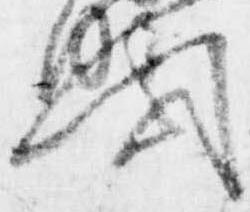
円